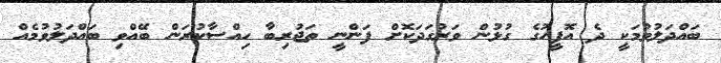
ބައްދަލުވުމަކީ ދެ އޮފީހުގެ ގުޅުން ވަރުގަދަކޮށް ފަންނީ ތަޖުރިބާ ހިއްސާކުރަން ބޭއްވި ބައްދަލުވުމެއް